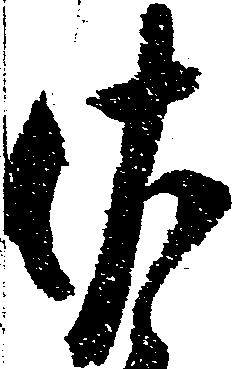
佐